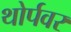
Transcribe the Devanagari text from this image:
थोर्पवर